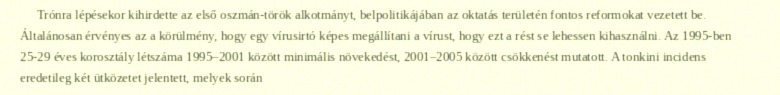
Trónra lépésekor kihirdette az első oszmán-török alkotmányt, belpolitikájában az oktatás területén fontos reformokat vezetett be. Általánosan érvényes az a körülmény, hogy egy vírusirtó képes megállítani a vírust, hogy ezt a rést se lehessen kihasználni. Az 1995-ben 25-29 éves korosztály létszáma 1995–2001 között minimális növekedést, 2001–2005 között csökkenést mutatott. A tonkini incidens eredetileg két ütközetet jelentett, melyek során